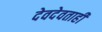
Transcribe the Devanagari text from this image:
देवदेवताही